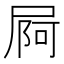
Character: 屙